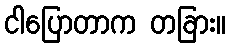
ငါပြောတာက တခြား။